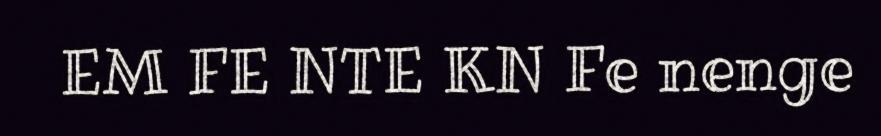
EM FE NTE KN Fe nenge